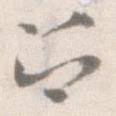
召